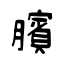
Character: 臏